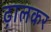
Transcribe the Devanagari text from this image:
ढ़ालकर